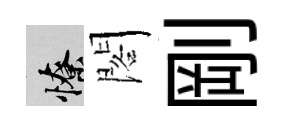
憭閣剛